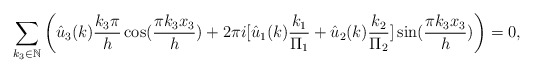
\begin{align*}\sum_{k_3\in \mathbb{N}}\left(\hat{u}_3(k)\frac{k_3\pi}{h}\cos(\frac{\pi k_3x_3}{h})+2\pi i [\hat{u}_1(k)\frac{k_1}{\Pi_1}+\hat{u}_2(k)\frac{k_2}{\Pi_2}] \sin(\frac{\pi k_3x_3}{h})\right)=0,\end{align*}